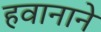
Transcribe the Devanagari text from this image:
हवानाने